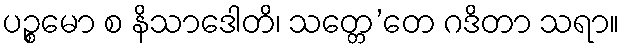
ပဉ္စမော စ နိသာဒေါတိ၊ သတ္တေ’တေ ဂဒိတာ သရာ။